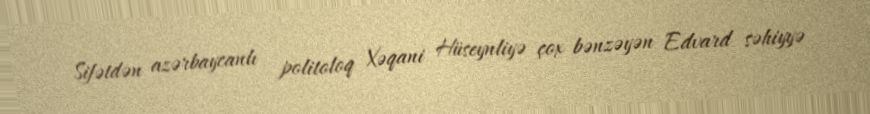
Sifətdən azərbaycanlı politoloq Xəqani Hüseynliyə çox bənzəyən Edvard səhiyyə